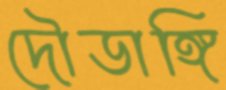
দৌডাঙ্গি